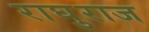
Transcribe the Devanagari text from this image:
राघुराज